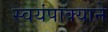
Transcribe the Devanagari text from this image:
स्वयंपाक्याने